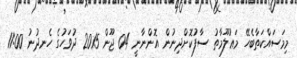
މިމަސައްކަތާބެހޭ މަޢުލޫމާތު ސާފުކޮށްދިނުން އޮންނާނީ 04 ޖޫން 2015 ދުވަހުގެ ހެނދުނު 11:00